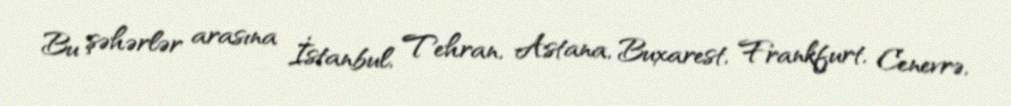
Bu şəhərlər arasına İstanbul, Tehran, Astana, Buxarest, Frankfurt, Cenevrə,